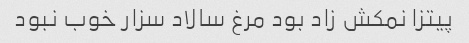
پیتزا نمکش زاد بود مرغ سالاد سزار خوب نبود